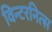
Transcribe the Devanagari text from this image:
विन्टरनित्स